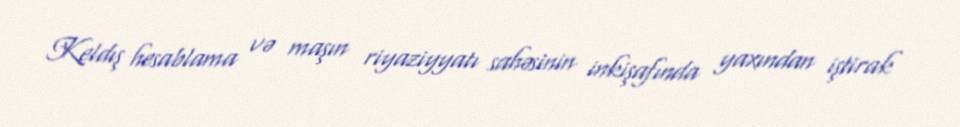
Keldış hesablama və maşın riyaziyyatı sahəsinin inkişafında yaxından iştirak